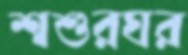
শ্বশুরঘর